Civil Veterinary Dept. Bombay admin report 1932-41 - 1932-1941
Year: 1932
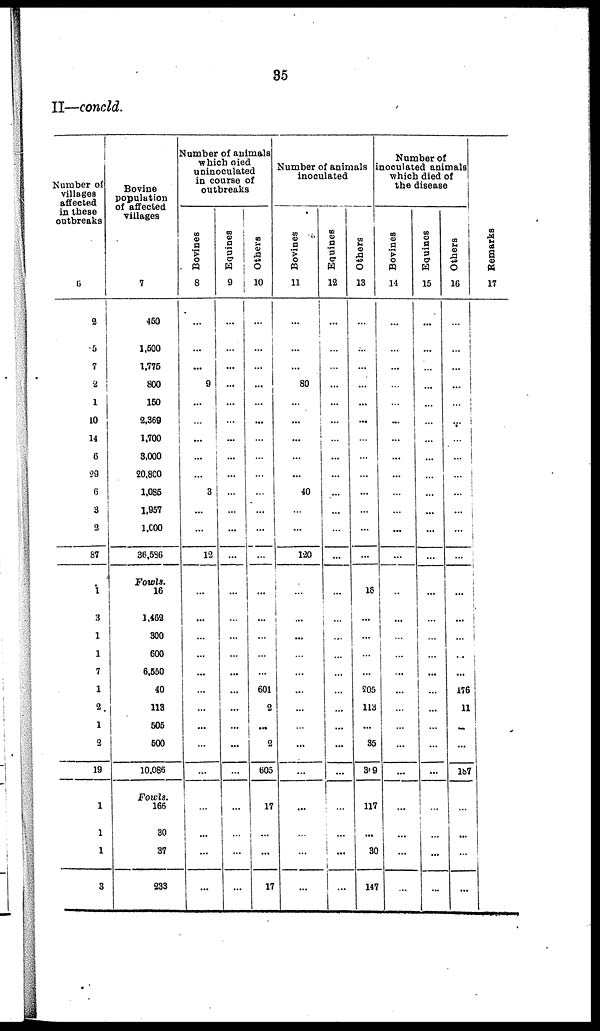
35
II—concld.
Number of
villages
affected
in these
outbreaks
6
2
5
7
2
1
10
14
6
29
6
3
2
87
1
3
1
1
7
1
2
1
2
19
1
1
1
3
Bovine
population
of affected
villages
7
450
1,500
1,775
800
150
2,369
1,700
3,000
20,800
1,085
1,957
1,000
36,586
Fowls.
16
1,462
300
600
6,550
40
113
505
500
10,086
Fowls.
166
30
37
233
Number of animals
which died
uninoculated
in course of
outbreaks
Bovines
8
...
...
...
9
...
...
...
...
...
3
...
...
12
...
...
...
...
...
...
...
...
...
...
...
...
...
...
...
Equines
9
...
...
...
...
...
...
...
...
...
...
...
...
...
...
...
...
...
...
...
...
...
...
...
...
...
...
...
...
Others
10
...
...
...
...
...
...
...
...
...
...
...
...
...
...
...
...
...
...
601
2
...
2
605
...
17
...
...
17
Number of animals
inoculated
Bovines
11
...
...
...
80
...
...
...
...
...
40
...
...
120
...
...
...
...
...
...
...
...
...
...
...
...
...
...
...
Equines
12
...
...
...
...
...
...
...
...
...
...
...
...
...
...
...
...
...
...
...
...
...
...
...
...
...
...
...
...
Others
13
...
...
...
...
...
...
...
...
...
...
...
...
...
16
...
...
...
...
205
113
...
35
369
...
117
...
30
147
Number of
inoculated animals
which died of
the disease
Bovines
14
...
...
...
...
...
...
...
...
...
...
...
...
...
...
...
...
...
...
...
...
...
...
...
...
...
...
...
Equines
15
...
...
...
...
...
...
...
...
...
...
...
...
...
...
...
...
...
...
...
...
...
...
...
...
...
...
...
...
Others
16
...
...
...
...
...
...
...
...
...
...
...
...
...
...
...
...
...
...
176
11
...
...
187
...
...
...
...
...
Remarks
17